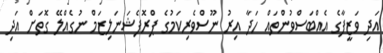
އަދި ވަޒީފާގެ އެއްބަސްވުންތައް ހަދާ އިރު ނޫސްވެރިކަމުގެ ޕްރޮފެޝަނަލިޒަމް ނުގެއްލޭ ގޮތަށް އަދި